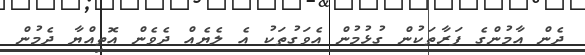
ދެން އާމުންގެ ފަރާތަަކުން ގުޅުމުން އެވަގުތަކު އެ ލެޔެއް ދެވެން އޮތިއްޔާ ދެމުން